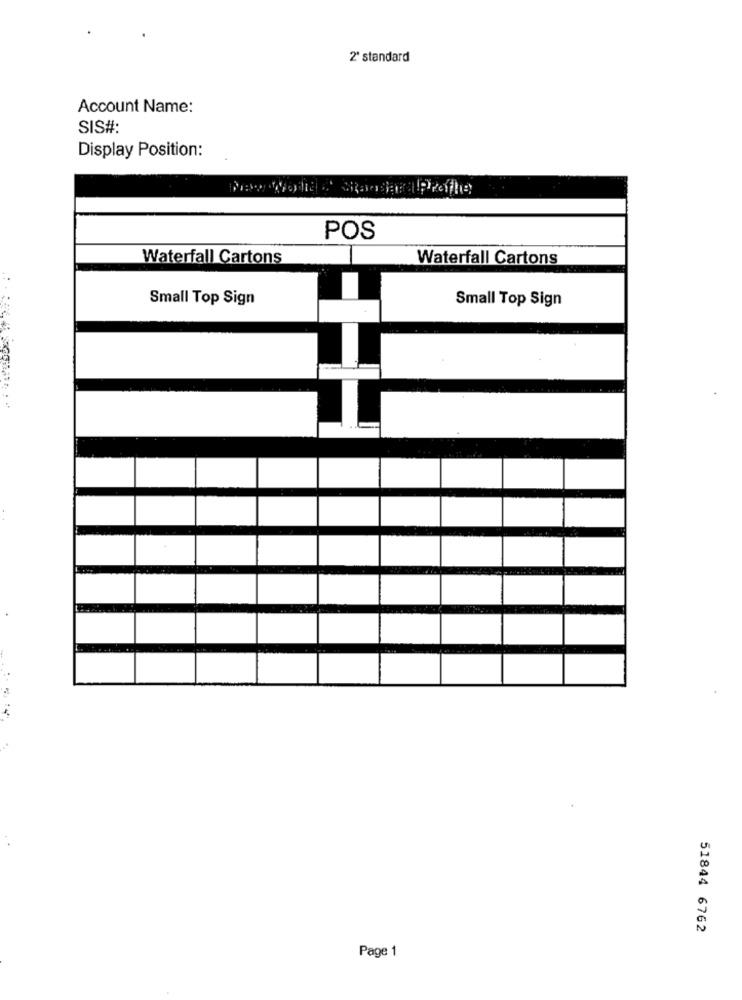
2º standard
Account Name:
SIS#:
Display Position:
Devoorhe d' Standar Proffhe
POS
Waterfall Cartons
Waterfall Cartons
Small Top Sign
Small Top Sign
51844 6762
Page 1